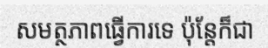
សមត្ថភាពធ្វើការទេ ប៉ុន្តែក៏ជា